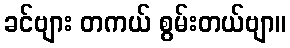
ခင်ဗျား တကယ် စွမ်းတယ်ဗျာ။